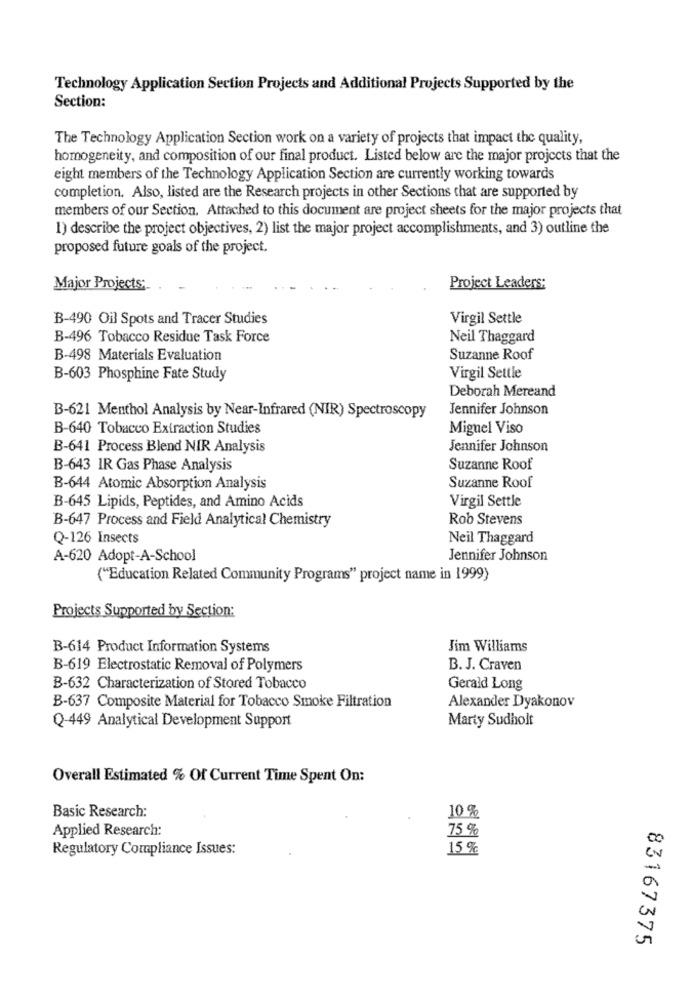
Technology Application Section Projects and Additional Projects Supported by the
Section:
The Technology Application Section work on a variety of projects that impact the quality,
homogeneity, and composition of our final product. Listed below are the major projects that the
eight members of the Technology Application Section are currently working towards
completion. Also, listed are the Research projects in other Sections that are supported by
members of our Section. Attached to this document are project sheets for the major projects that
1) describe the project objectives, 2) list the major project accomplishments, and 3) outline the
proposed future goals of the project.
Major Projects:
Project Leaders:
B-490 Oil Spots and Tracer Studies
Virgil Settle
B-496 Tobacco Residue Task Force
Neil Thaggard
B-498 Materials Evaluation
Suzanne Roof
B-603 Phosphine Fate Study
Virgil Settle
Deborah Mereand
Jennifer Johnson
B-621 Menthol Analysis by Near-Infrared (NIR) Spectroscopy
B-640 Tobacco Extraction Studies
Miguel Viso
B-641 Process Blend NIR Analysis
Jennifer Johnson
B-643 IR Gas Phase Analysis
Suzanne Roof
B-644 Atomic Absorption Analysis
Suzanne Roof
B-645 Lipids, Peptides, and Amino Acids
Virgil Settle
B-647 Process and Field Analytical Chemistry
Rob Stevens
Q-126 Insects
Neil Thaggard
A-620 Adopt-A-School
Jennifer Johnson
("Education Related Community Programs" project name in 1999)
Projects Supported by Section:
B-614 Product Information Systems
Jim Williams
B-619 Electrostatic Removal of Polymers
B. J. Craven
B-632 Characterization of Stored Tobacco
Gerald Long
B-637 Composite Material for Tobacco Smoke Filtration
Alexander Dyakonov
Marty Sudholt
Q-449 Analytical Development Support
Overall Estimated % Of Current Time Spent On:
Basic Research:
10 %
Applied Research:
75 %
00
Regulatory Compliance Issues:
15 %
N
83167375